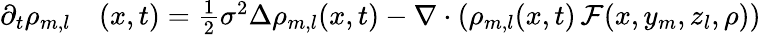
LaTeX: \begin{array}{rl}{\partial_{t}\rho_{m,l}}&{{}(x,t)=\frac{1}{2}\sigma^{2}\Delta\rho_{m,l}(x,t)-\nabla\cdot\left(\rho_{m,l}(x,t)\, \mathcal F(x,y_{m},z_{l},\rho)\right)}\end{array}